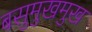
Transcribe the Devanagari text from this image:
बसुमुखमुख